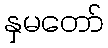
နှမတော်